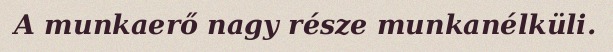
A munkaerő nagy része munkanélküli.